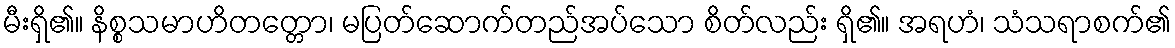
မီးရှိ၏။ နိစ္စသမာဟိတတ္တော၊ မပြတ်ဆောက်တည်အပ်သော စိတ်လည်း ရှိ၏။ အရဟံ၊ သံသရာစက်၏